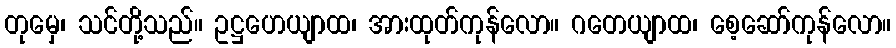
တုမှေ၊ သင်တို့သည်။ ဥဋ္ဌဟေယျာထ၊ အားထုတ်ကုန်လော။ ဂတေယျာထ၊ စေ့ဆော်ကုန်လော။